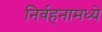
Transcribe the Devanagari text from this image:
निर्वहनामध्ये